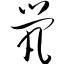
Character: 茕